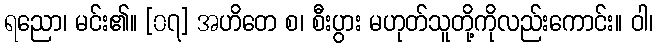
ရညော၊ မင်း၏။ [၀၇] အဟိတေ စ၊ စီးပွား မဟုတ်သူတို့ကိုလည်းကောင်း။ ဝါ၊